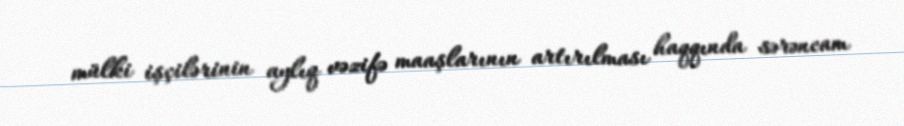
mülki işçilərinin aylıq vəzifə maaşlarının artırılması haqqında sərəncam